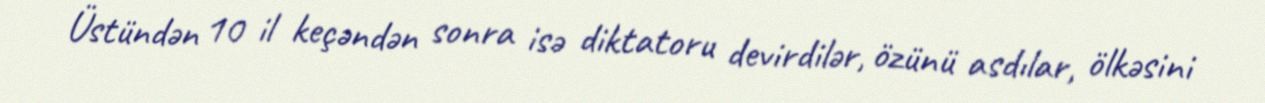
Üstündən 10 il keçəndən sonra isə diktatoru devirdilər, özünü asdılar, ölkəsini